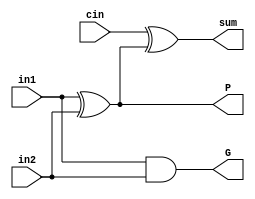
module adder_1bit(in1, in2, cin, sum, G, P);

input in1, in2, cin;
output sum, P, G;


and and1(G, in1, in2);
xor xor1(P, in1, in2);
xor xor2(sum, cin, P);


endmodule